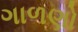
ગાળણો